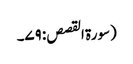
(سورۃ القصص: ۷۹۔